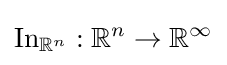
\operatorname {In} _{\mathbb {R} ^{n}}:\mathbb {R} ^{n}\to \mathbb {R} ^{\infty }